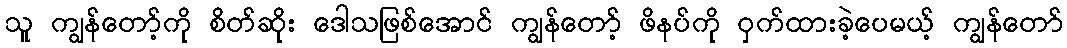
သူ ကျွန်တော့်ကို စိတ်ဆိုး ဒေါသဖြစ်အောင် ကျွန်တော့် ဖိနပ်ကို ဝှက်ထားခဲ့ပေမယ့် ကျွန်တော်